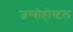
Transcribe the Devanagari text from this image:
जम्बोहोस्टल